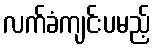
လက်ခံကျင်းပမည့်